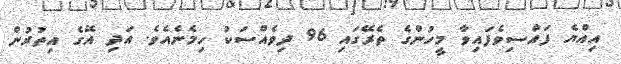
އިއްޔެ ފައްސިވެފައިވާ މީހުންގެ ތެރޭގައި 96 ދިވެއްސަކު ހިމެނެއެވެ. އަދި އޭގެ އިތުރުން